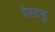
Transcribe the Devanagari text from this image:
पेररासु